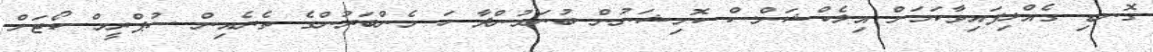
ގޮނޑި ގެއްލިފައިވާކަމަށް އިލެކްޝަންސް ކޮމިޝަނުން ބުނަމުންދާ ހަ މެންބަރުންގެ ތެރެއިން ސުޕްރީމް ކޯޓަށް